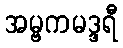
အမ္ဗကမဒ္ဒရီ